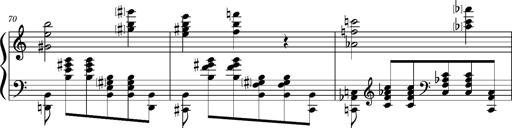
Title: PrÃ©ludes et Harmonies poÃ©tiques et religieuses
Composer: Franz Liszt